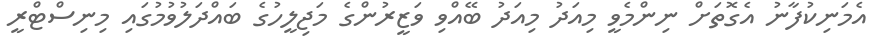
އެމަނިކުފާނު އެގޮތަށް ނިންމެވީ މިއަދު މިއަދު ބޭއްވި ވަޒީރުންގެ މަޖިލީހުގެ ބައްދަލުވުމުގައި މިނިސްޓްރީ